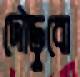
দৌড়ুবো